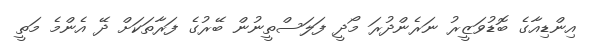
އިންޑިއާގެ ބޮޑުވަޒީރު ނަރެންދުރަ މޯދީ ފަލަސްތީނުން ބޭރުގެ ފަރާތަކަށް ދޭ އެންމެ މަތީ